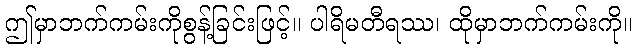
ဤမှာဘက်ကမ်းကိုစွန့်ခြင်းဖြင့်။ ပါရိမတီရဿ၊ ထိုမှာဘက်ကမ်းကို။